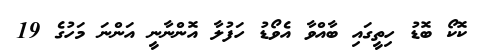
ކޮކޯ ބޮޑު ހިތީގައި ބާއްވާ އެވޯޑު ހަފުލާ އޮންނާނީ އަންނަ މަހުގެ 19